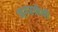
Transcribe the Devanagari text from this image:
नगरवीथी